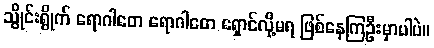
သွိုင်းရွိုက် ရောဂါတေ ရောဂါတေ ရှောင်လို့မရ ဖြစ်နေကြဦးမှာပါပဲ။